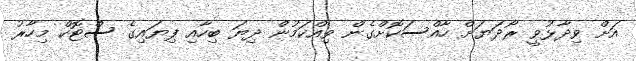
އަށް ވިދާޅުވީ ރޯދަޔަށް ހާއްސަކޮށްގެން ވިއްކަމުން ދިޔަ ބިހާއި ފިޔައިގެ ސްޓޮކް މިހާރު